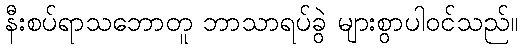
နီးစပ်ရာသဘောတူ ဘာသာရပ်ခွဲ များစွာပါဝင်သည်။